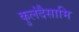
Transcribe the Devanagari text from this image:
कुलंदैसामि